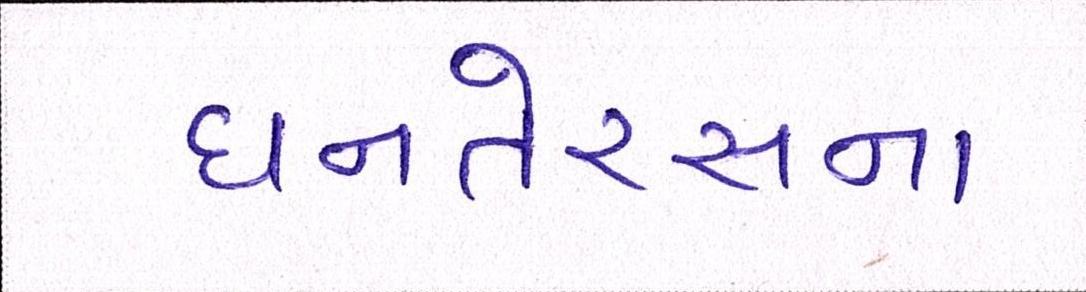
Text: ધનતેરસના